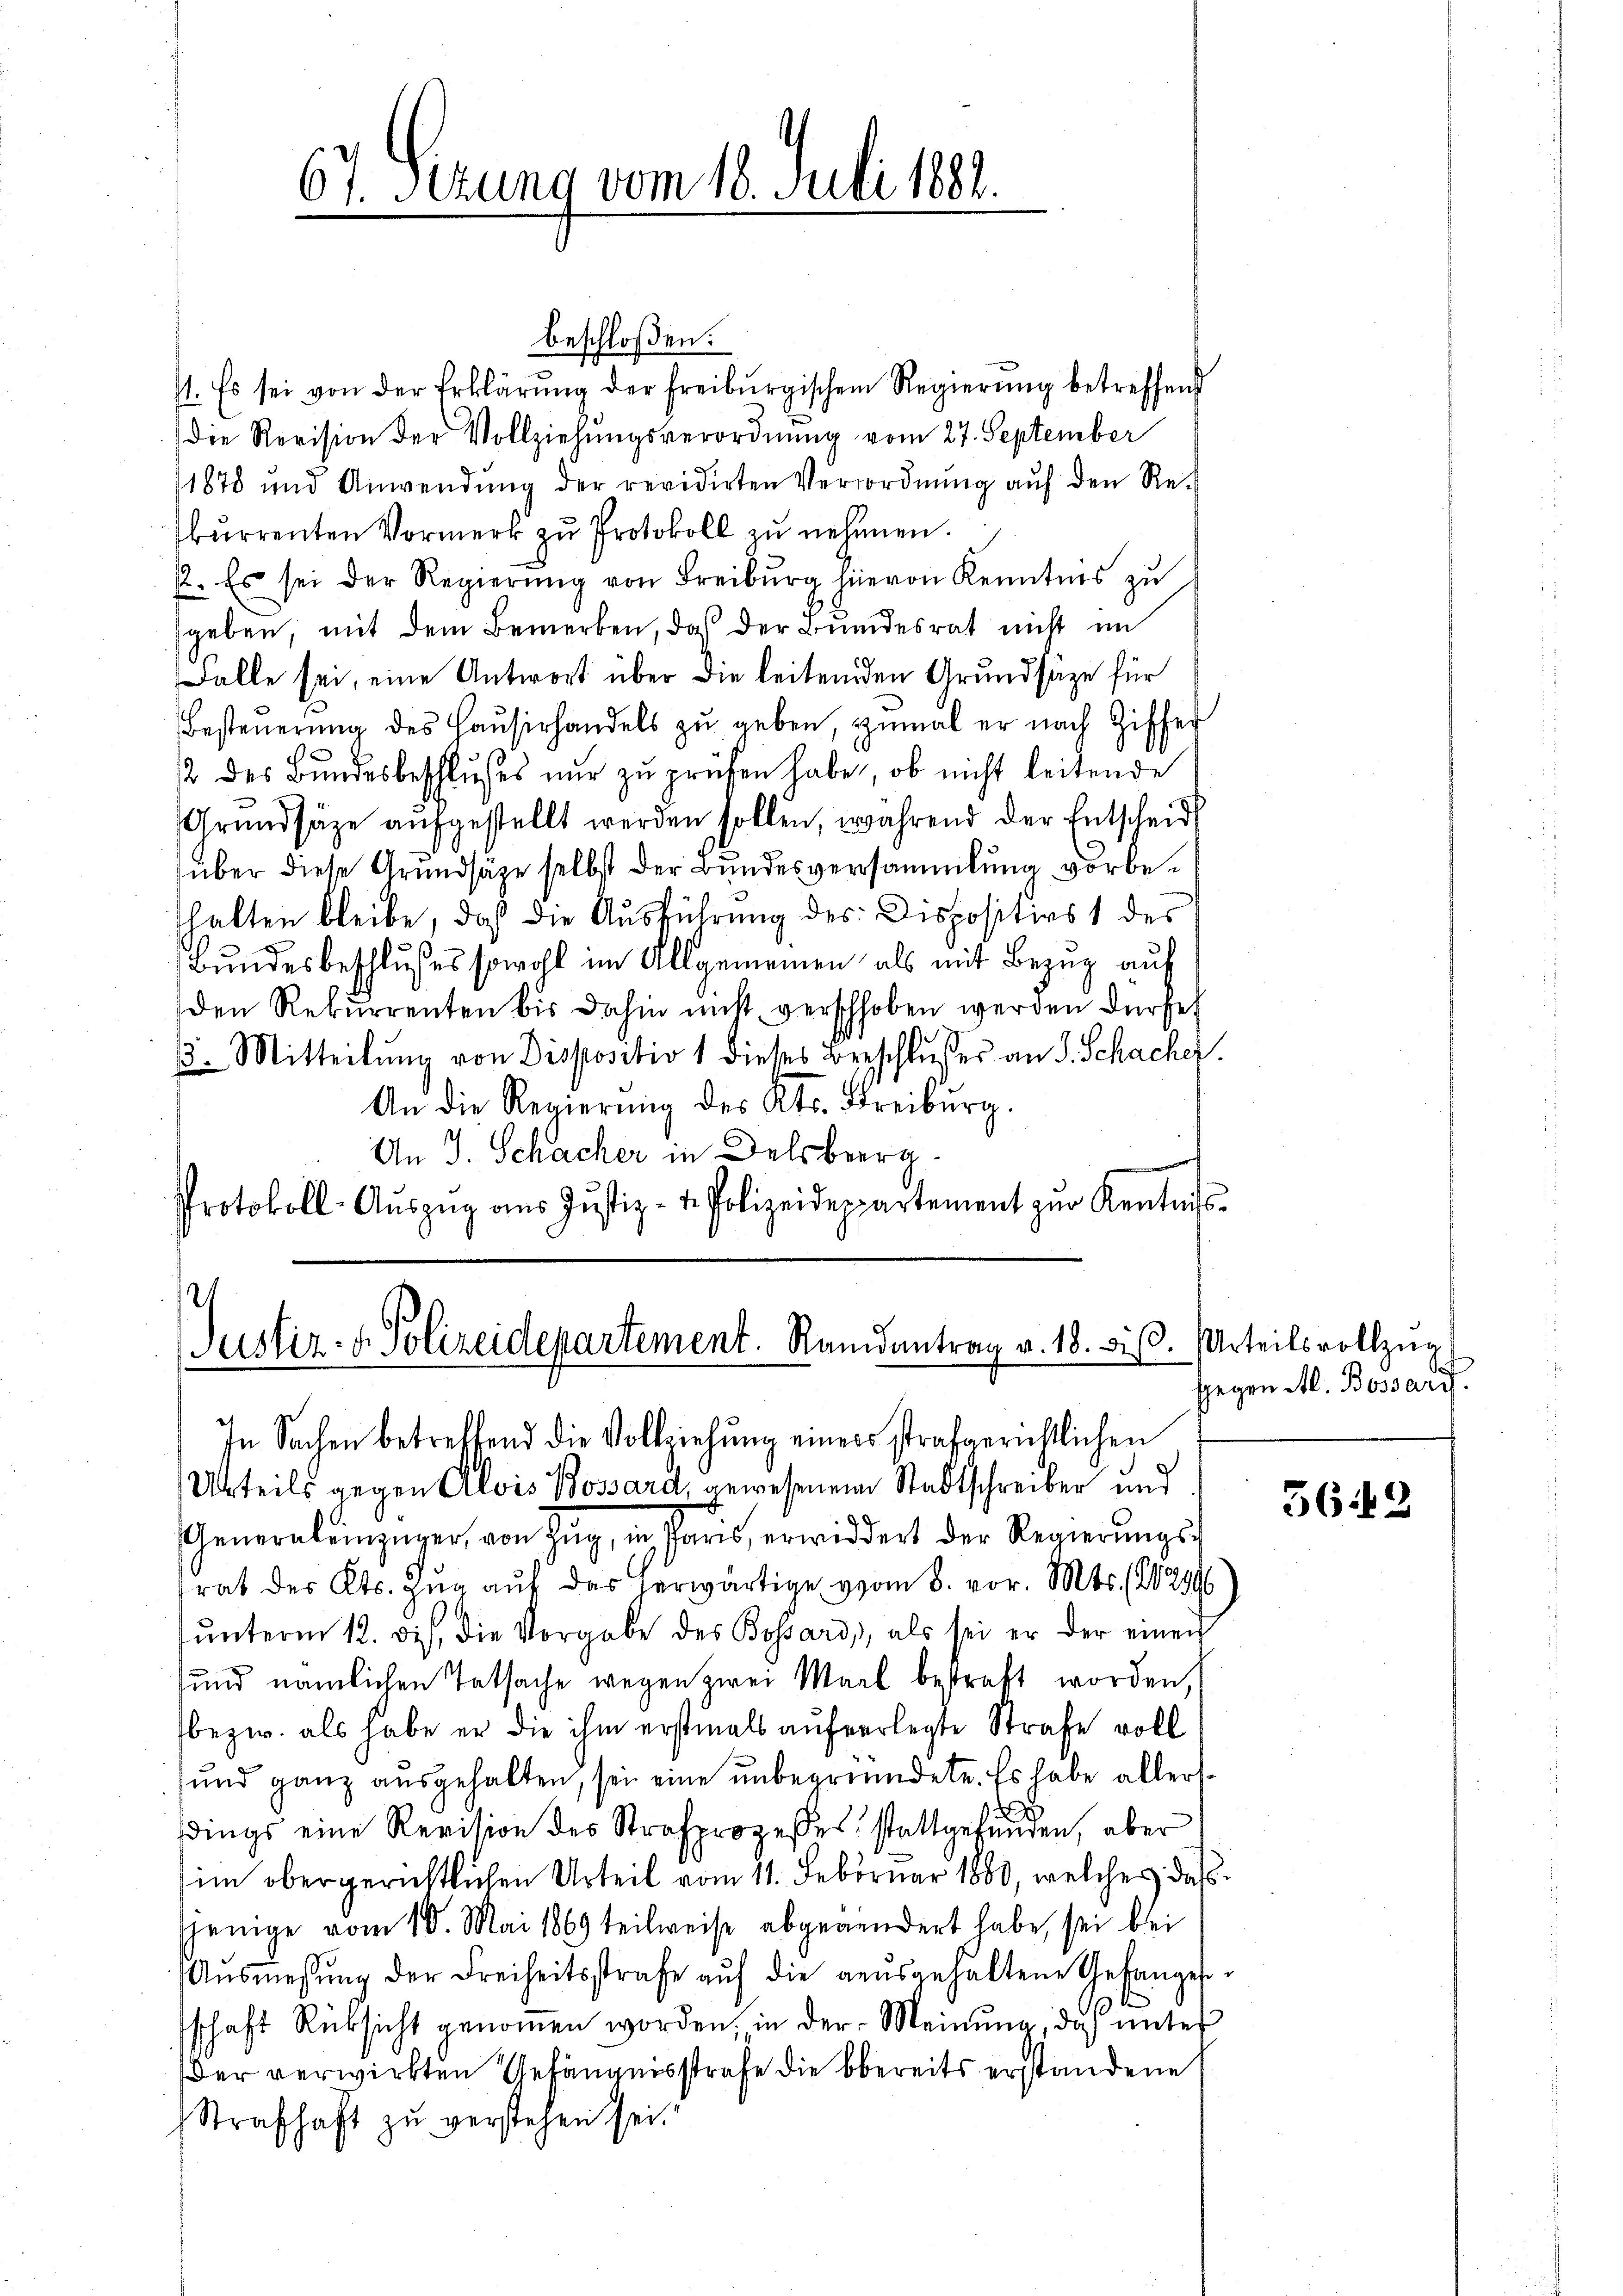
67 Sezung vom 18. Juli 1882.

beschloßen:
1. Es sei von der Erklärŭng der freiburgischem Regierŭng betreffend
die Revision der Vollziehŭngsverordnŭng vom 27. September
1878 und Anwendŭng der revidirten Verordnŭng aŭf den Re-
kŭrrenten Vormerk zŭ Protokoll zŭ nehmen.
2. Es sei der Regierŭng von Freiburg hievon Kenntnis zŭ
geben, mit dem Bemerken, daß der Bundesrat nicht im
Falle sei, eine Antwort über die leitenden Grundsaze für
Besteŭerŭng des Haŭsirhandels zŭ geben, zumal er nach Ziffer
/2 des Bundesbeschlusses nur zu prüfen habe, ob nicht leitende
Grundsätze aufgestellt werden sollen, während der Entscheid
über diese Grundsätze selbst der Bundesversammlung vorbehalten bleibe, daß die Ausführung des Dispositivs 1 des
Bŭndesbeschlŭsses sowohl im Allgemeinen als mit Bezug auf
den Rekurrenten bis dahin nicht verschhoben werden dürfe,
3. Mitteilung von Dispositiv 1 dieses Beschlusses an S. Schache.
An die Regierŭng des Kts. Freiburg.
An J. Schacher in Delsberg.
Protokoll-Aŭszŭg aŭs Jŭstiz- & Polizeideppartement zŭr Kentniss

s
Justiz- & Polizeidepartement. Randantrag v. 18. v. Urteilsvollzug

In Sachen betreffend die Vollziehŭng einers strafgerichtlichen
Urteils gegen Alois Bossard, gewesenem Stadtschreiber und
Generaleinzüger, von Zug, in Paris, erwidert der Regierungsrat des Kts. Zŭg aŭf das herwärtige vom 8. vor. Mts. (20294
ŭnterm 12. ds. die Vorgabe des Bossard, als sei er der einen
und nämlichen Tatsache wegen zwei Marl bestraft worden,
bezw. als habe er die ihm erstmals auf verlegte Strafe voll
und ganz ausgehalten, sei eine unbegründete. Es habe allersdings eine Revision des Strafprozesses stattgefunden, aber
im obergerichtlichen Urteil vom 11. Februar 1880, welches daß
sjenige vom 10. Mai 1869 teilweise abgeändert habe, sei bei
Aŭsmessŭng der Freiheitsstrafe aŭf die aŭsgehaltene Gefangesschaft Rücksicht genommen worden in der Meinung, das unter
er verwirkten Gefängnisstrafe die Obereits erstandene
Strafhaft zu verstehen sei.“

ggegen Al. Bossari.

5649